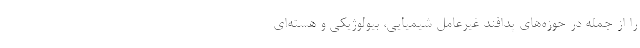
را از جمله در حوزه‌های پدافند غیرعامل شیمیایی، بیولوژیکی و هسته‌ای